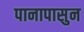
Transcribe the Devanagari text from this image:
पानापासुन